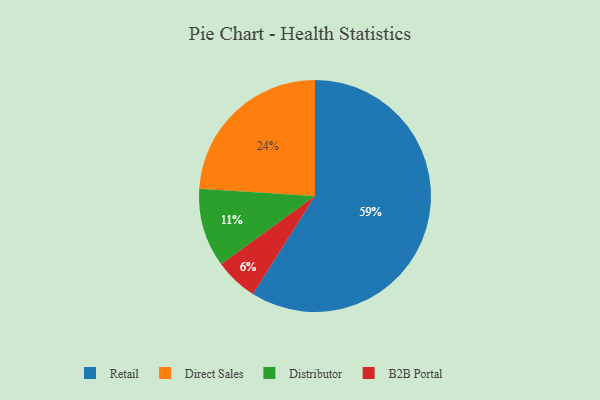
{"axis": {"x": "Category", "y": "Percentage"}, "legend": ["B2B Portal", "Direct Sales", "Distributor", "Retail"], "data": [{"x": "Distributor", "y": 11, "type": "Distributor"}, {"x": "Retail", "y": 59, "type": "Retail"}, {"x": "B2B Portal", "y": 6, "type": "B2B Portal"}, {"x": "Direct Sales", "y": 24, "type": "Direct Sales"}]}